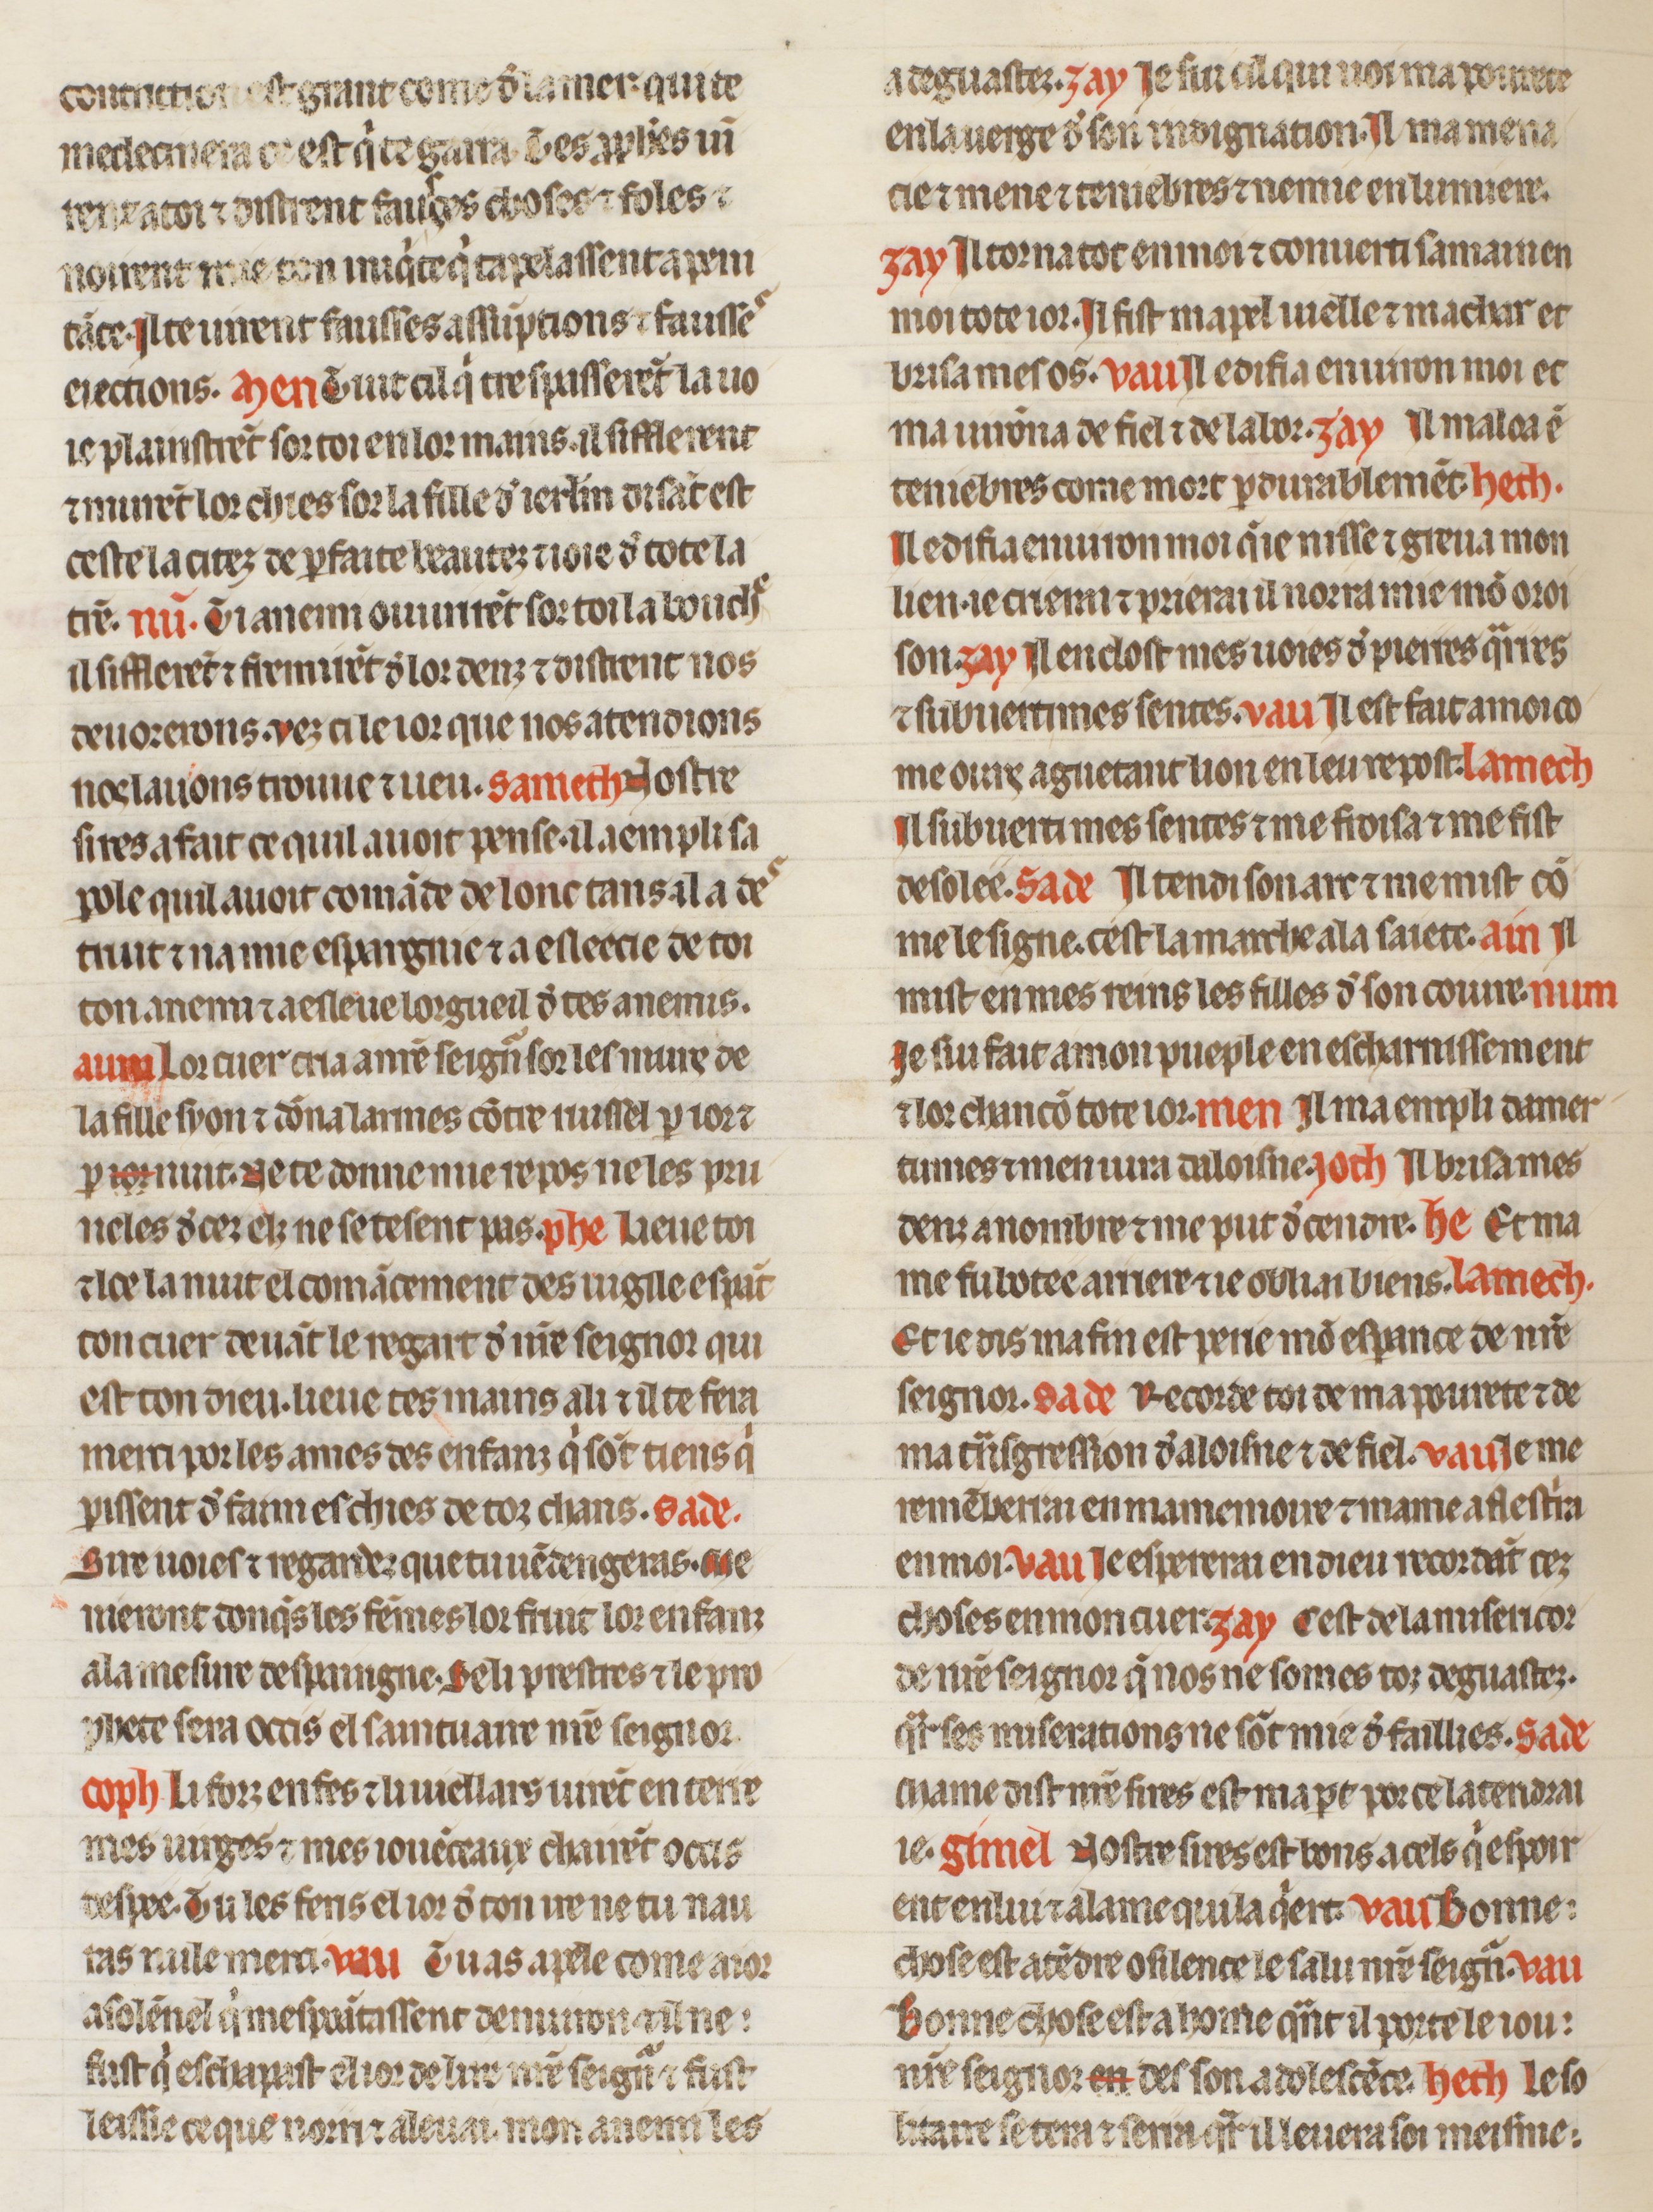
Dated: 1260–1269